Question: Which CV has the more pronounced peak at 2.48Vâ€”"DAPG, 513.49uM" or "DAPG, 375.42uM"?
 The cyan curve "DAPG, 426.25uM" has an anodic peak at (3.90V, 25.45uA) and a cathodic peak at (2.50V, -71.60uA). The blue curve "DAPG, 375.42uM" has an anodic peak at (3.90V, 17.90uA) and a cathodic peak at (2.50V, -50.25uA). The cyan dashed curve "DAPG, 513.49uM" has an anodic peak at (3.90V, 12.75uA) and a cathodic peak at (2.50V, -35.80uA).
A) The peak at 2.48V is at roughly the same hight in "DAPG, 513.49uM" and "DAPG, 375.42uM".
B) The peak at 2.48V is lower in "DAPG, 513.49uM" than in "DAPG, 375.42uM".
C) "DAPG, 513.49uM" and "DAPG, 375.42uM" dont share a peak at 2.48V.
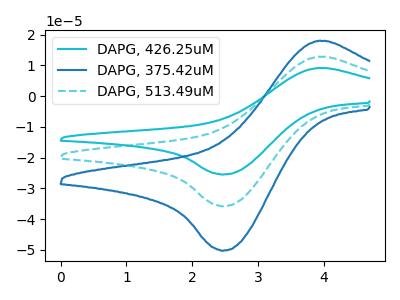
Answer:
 <answer>B) The peak at 2.48V is lower in "DAPG, 513.49uM" than in "DAPG, 375.42uM".</answer>
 <eval>B</eval>